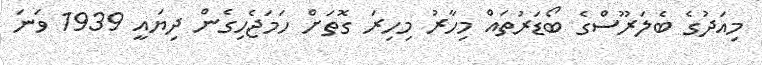
މިއަދުގެ ބެލަރޫސްގެ ބޯޑަރުތައް މިހާރު މިހިރަ ގޮތަށް ހަމަޖެހިގެން ދިޔައީ 1939 ވަނަ